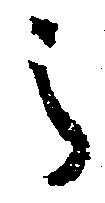
之